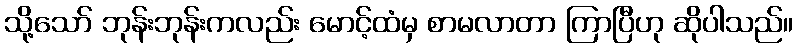
သို့သော် ဘုန်းဘုန်းကလည်း မောင့်ထံမှ စာမလာတာ ကြာပြီဟု ဆိုပါသည်။